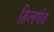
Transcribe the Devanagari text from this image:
हिलमंद